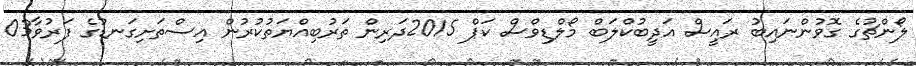
ލޯންޗުގެ ގޮވުންނައިބު ރައީސް އަދީބުކްލަބް މޯލްޑިވްސް ކަޕް 2015ދަރިން ތަރުބިއްޔަތުކުރުން އިސްތަށިގަނޑުގެ ފަރުވާ03